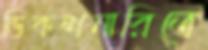
ডিকশনারিতে